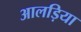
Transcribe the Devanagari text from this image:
आलड़िया